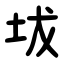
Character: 坺